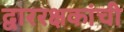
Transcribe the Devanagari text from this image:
द्वाररक्षकांची